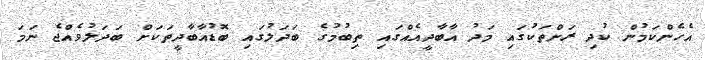
އެހެންކަމުން ކުދި ރަށްތަކުގައި މަދު އާބާދީއެއްގައި ތިބުމުގެ ބަދަލުގައި ބޮޑުއާބާދީތަކަށް ބަދަލުވެއްޖެ ނަމަ